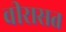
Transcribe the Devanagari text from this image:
वीरासत